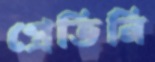
প্রেতিনি